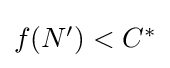
{\textstyle f(N')<C^{*}}